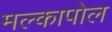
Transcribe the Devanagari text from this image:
मल्कापोल